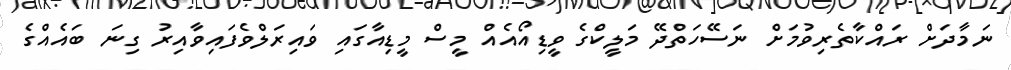
ނަމާދަށް ރައްކާތެރިވުމަށް ނަސޭހަތްދޭ މަލީކްގެ ވީޑިއޯއެއް މީސް މީޑިއާގައި ވައިރަލްވެފައިވާއިރު ގިނަ ބައެއްގެ